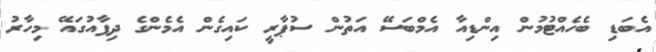
އެބަޑި ބެހެއްޓުމުން އިންޑިއާ އެމްބަސޭ އަތުން ސުޕާރީ ކައިގެން އެމެންގެ ދިފާއުގައޭ މިހާރު